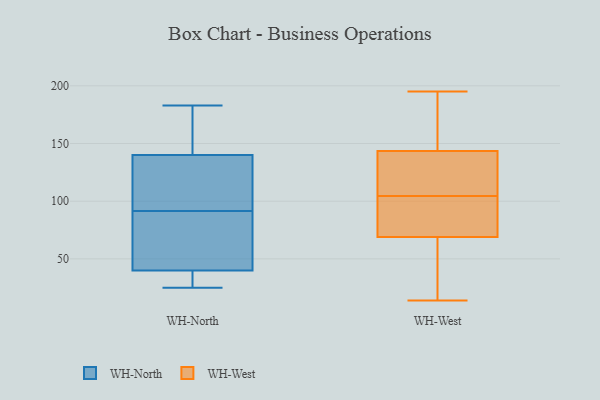
{"axis": {"x": "Tickets Resolved", "y": "Value"}, "legend": ["WH-North", "WH-West"], "data": [{"x": "", "y": 55, "type": "WH-North"}, {"x": "", "y": 181, "type": "WH-North"}, {"x": "", "y": 87, "type": "WH-North"}, {"x": "", "y": 161, "type": "WH-North"}, {"x": "", "y": 183, "type": "WH-North"}, {"x": "", "y": 40, "type": "WH-North"}, {"x": "", "y": 99, "type": "WH-North"}, {"x": "", "y": 72, "type": "WH-North"}, {"x": "", "y": 137, "type": "WH-North"}, {"x": "", "y": 140, "type": "WH-North"}, {"x": "", "y": 25, "type": "WH-North"}, {"x": "", "y": 96, "type": "WH-North"}, {"x": "", "y": 35, "type": "WH-North"}, {"x": "", "y": 35, "type": "WH-North"}, {"x": "", "y": 103, "type": "WH-West"}, {"x": "", "y": 195, "type": "WH-West"}, {"x": "", "y": 133, "type": "WH-West"}, {"x": "", "y": 85, "type": "WH-West"}, {"x": "", "y": 98, "type": "WH-West"}, {"x": "", "y": 165, "type": "WH-West"}, {"x": "", "y": 14, "type": "WH-West"}, {"x": "", "y": 53, "type": "WH-West"}, {"x": "", "y": 137, "type": "WH-West"}, {"x": "", "y": 106, "type": "WH-West"}, {"x": "", "y": 18, "type": "WH-West"}, {"x": "", "y": 150, "type": "WH-West"}]}